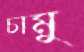
চামু